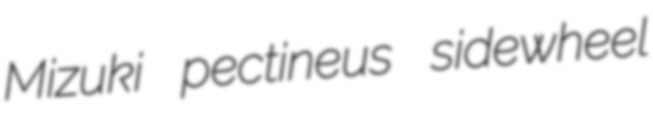
Mizuki pectineus sidewheel